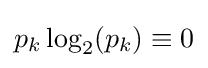
p_{k}\log _{2}(p_{k})\equiv 0